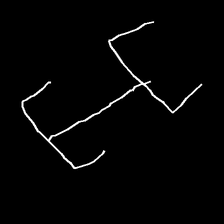
Glyph: entwine